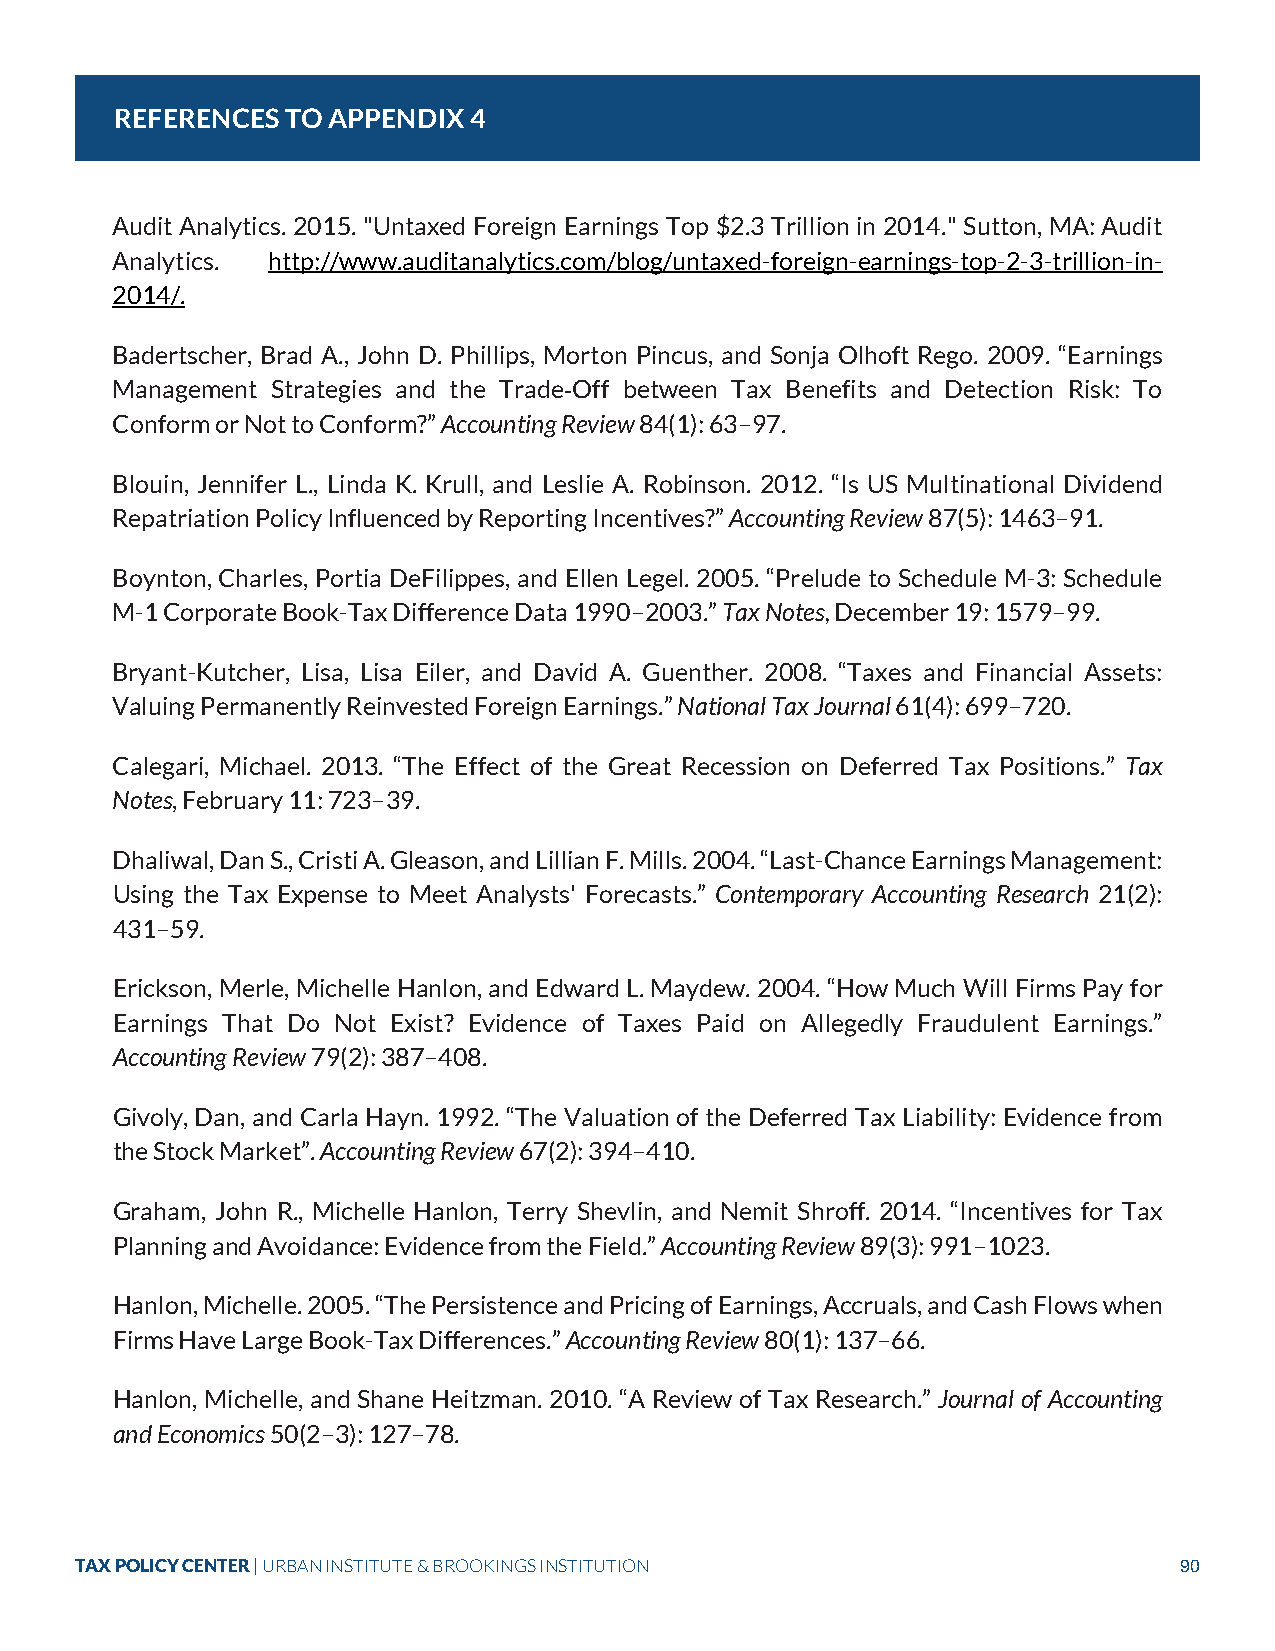
REFERENCES TO APPENDIX 4
 Audit Analytics. 2015. "Untaxed Foreign Earnings Top $2.3 Trillion in 2014." Sutton, MA: Audit
 Analytics. http://www.auditanalytics.com/blog/untaxed-foreign-earnings-top-2-3-trillion-in-
 2014/.
 Badertscher, Brad A., John D. Phillips, Morton Pincus, and Sonja Olhoft Rego. 2009. “Earnings
 Management Strategies and the Trade Off between Tax Benefits and Detection Risk: To
 Conform or Not to Conform?” Accounting Review 84(1): 63–97.
 ‐
 Blouin, Jennifer L., Linda K. Krull, and Leslie A. Robinson. 2012. “Is US Multinational Dividend
 Repatriation Policy Influenced by Reporting Incentives?” Accounting Review 87(5): 1463–91.
 Boynton, Charles, Portia DeFilippes, and Ellen Legel. 2005. “Prelude to Schedule M-3: Schedule
 M-1 Corporate Book-Tax Difference Data 1990–2003.” Tax Notes, December 19: 1579–99.
 Bryant-Kutcher, Lisa, Lisa Eiler, and David A. Guenther. 2008. “Taxes and Financial Assets:
 Valuing Permanently Reinvested Foreign Earnings.” National Tax Journal 61(4): 699–720.
 Calegari, Michael. 2013. “The Effect of the Great Recession on Deferred Tax Positions.” Tax
 Notes, February 11: 723–39.
 Dhaliwal, Dan S., Cristi A. Gleason, and Lillian F. Mills. 2004. “Last-Chance Earnings Management:
 Using the Tax Expense to Meet Analysts' Forecasts.” Contemporary Accounting Research 21(2):
 431–59.
 Erickson, Merle, Michelle Hanlon, and Edward L. Maydew. 2004. “How Much Will Firms Pay for
 Earnings That Do Not Exist? Evidence of Taxes Paid on Allegedly Fraudulent Earnings.”
 Accounting Review 79(2): 387–408.
 Givoly, Dan, and Carla Hayn. 1992. “The Valuation of the Deferred Tax Liability: Evidence from
 the Stock Market”. Accounting Review 67(2): 394–410.
 Graham, John R., Michelle Hanlon, Terry Shevlin, and Nemit Shroff. 2014. “Incentives for Tax
 Planning and Avoidance: Evidence from the Field.” Accounting Review 89(3): 991–1023.
 Hanlon, Michelle. 2005. “The Persistence and Pricing of Earnings, Accruals, and Cash Flows when
 Firms Have Large Book-Tax Differences.” Accounting Review 80(1): 137–66.
 Hanlon, Michelle, and Shane Heitzman. 2010. “A Review of Tax Research.” Journal of Accounting
 and Economics 50(2–3): 127–78.
 TAX POLICY CENTER | URBAN INSTITUTE & BROOKINGS INSTITUTION              90